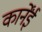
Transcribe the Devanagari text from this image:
कार्नेंई